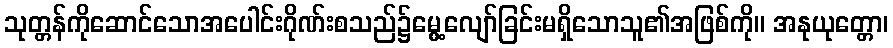
သုတ္တန်ကိုဆောင်သောအပေါင်းဂိုဏ်းစသည်၌မွေ့လျော်ခြင်းမရှိသောသူ၏အဖြစ်ကို။ အနုယုတ္တော၊